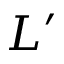
L ^ { \prime }